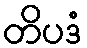
တိပဒံ